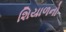
શિયાળનો